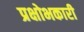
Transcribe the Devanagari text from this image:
प्रक्षोभकारी